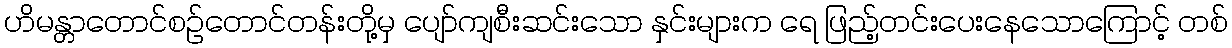
ဟိမန္တာတောင်စဉ်တောင်တန်းတို့မှ ပျော်ကျစီးဆင်းသော နှင်းများက ရေ ဖြည့်တင်းပေးနေသောကြောင့် တစ်